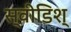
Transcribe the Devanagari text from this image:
स्वीडिश्